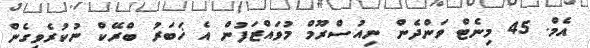
އެމް. 45 މިނެޓް ވަންދެން ނިއުސްރޫމް މުވައްޒަފުން އެ ޚަބަރު ބްރޭކް ނުކުރެވިގެން